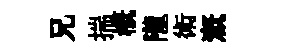
兄揣槪隴術溉